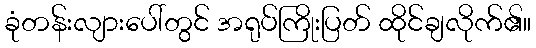
ခုံတန်းလျားပေါ်တွင် အရုပ်ကြိုးပြတ် ထိုင်ချလိုက်၏။